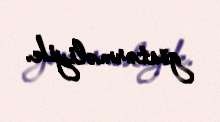
göstərməliyik.